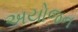
અયોજન